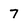
Character: 7